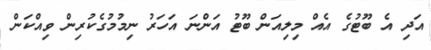
އަދި އެ ބޫޓުގެ އެއް މިލިއަން ބޫޓު އަންނަ އަހަރު ނިމުމުގެކުރިން ވިއްކަން